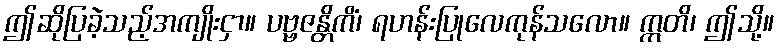
ဤဆိုပြခဲ့သည့်အကျိုးငှာ။ ပဗ္ဗဇန္တိကိံ၊ ရဟန်းပြုလေကုန်သလော။ ဣတိ၊ ဤသို့။